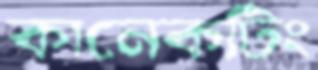
কানেকটিং